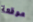
موقعة